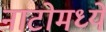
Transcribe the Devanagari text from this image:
नाटोमध्ये